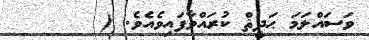
ވަސައްލަމަ ޙަދީޘް ކުރައްވާފައިވެއެވެ. (